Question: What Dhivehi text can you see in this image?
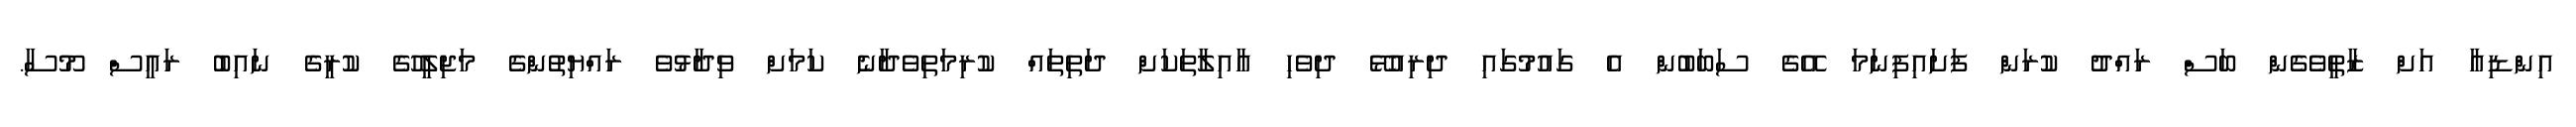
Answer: އިންޑިއާ އަށް ޒާތީވެގެން ބަސް ރައްދު ކުރަން ފަށައިފިނަމަ އޭގެ ސަބަބުން އެ ގައުމުގައި ދިރިއުޅޭ ދިވެހި އާއިލާތަކަށް ދަތިތައް ކުރިމަތިވެދާނެ ކަމަށް ވިދާޅުވެ ރައްޔިތުންގެ މަޖިލީހުގެ ކުރީގެ ނައިބު ރައީސް މޫސާ.